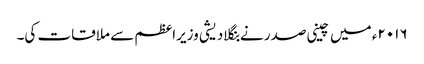
۲۰۱۶ء میں چینی صدر نے بنگلادیشی وزیراعظم سے ملاقات کی۔